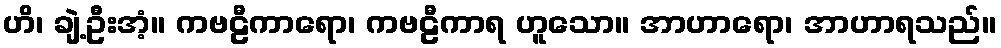
ဟိ၊ ချဲ့ဦးအံ့။ ကဗဠီကာရော၊ ကဗဠီကာရ ဟူသော။ အာဟာရော၊ အာဟာရသည်။